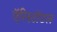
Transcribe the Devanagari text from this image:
ऍरिस्टॉटल